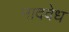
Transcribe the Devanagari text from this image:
नादवेध